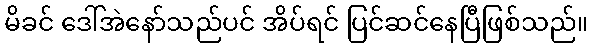
မိခင် ဒေါ်အဲနော်သည်ပင် အိပ်ရင် ပြင်ဆင်နေပြီဖြစ်သည်။